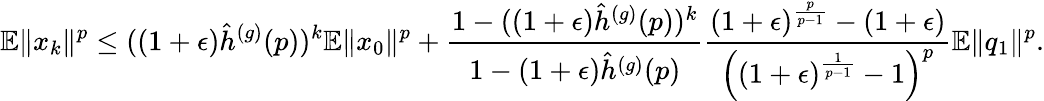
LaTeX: \mathbb{E}\Vert x_{k}\Vert^{p}\leq((1+\epsilon)\hat{h}^{(g)}(p))^{k}\mathbb{E}\Vert x_{0}\Vert^{p}+\frac{1-((1+\epsilon)\hat{h}^{(g)}(p))^{k}}{1-(1+\epsilon)\hat{h}^{(g)}(p)}\frac{(1+\epsilon)^{\frac{p}{p-1}}-(1+\epsilon)}{\left((1+\epsilon)^{\frac{1}{p-1}}-1\right)^{p}}\mathbb{E}\Vert q_{1}\Vert^{p}.